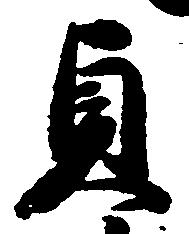
貞